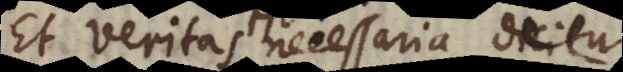
Et veritas necessaria dicitur